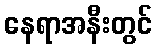
နေရာအနီးတွင်